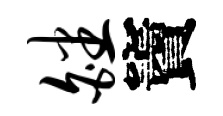
皤竇